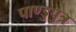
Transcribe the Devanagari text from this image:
पाण्डुपुत्र